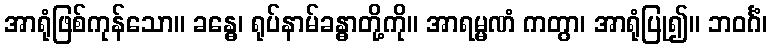
အာရုံဖြစ်ကုန်သော။ ခန္ဓေ၊ ရုပ်နာမ်ခန္ဓာတို့ကို။ အာရမ္မဏံ ကတွာ၊ အာရုံပြု၍။ ဘဝင်္ဂံ၊